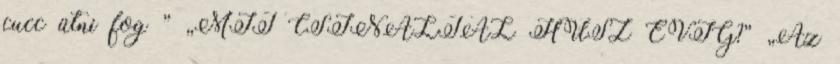
cucc ütni fog ” „MIT CSINÁLTÁL HÚSZ ÉVIG?” „Az